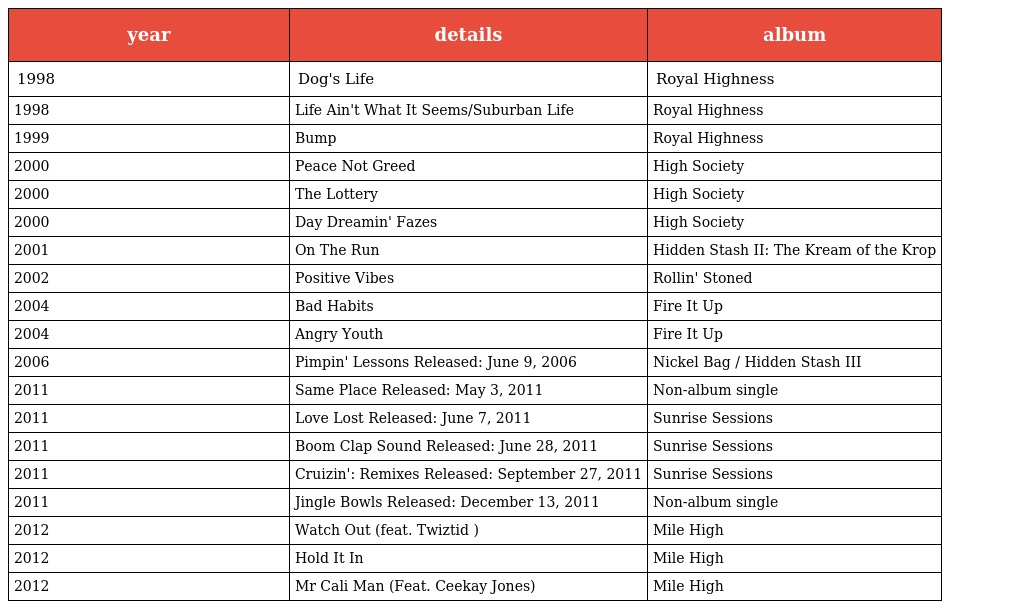
| year | details | album |
 | --- | --- | --- |
 | 1998 | Dog's Life | Royal Highness |
 | 1998 | Life Ain't What It Seems/Suburban Life | Royal Highness |
 | 1999 | Bump | Royal Highness |
 | 2000 | Peace Not Greed | High Society |
 | 2000 | The Lottery | High Society |
 | 2000 | Day Dreamin' Fazes | High Society |
 | 2001 | On The Run | Hidden Stash II: The Kream of the Krop |
 | 2002 | Positive Vibes | Rollin' Stoned |
 | 2004 | Bad Habits | Fire It Up |
 | 2004 | Angry Youth | Fire It Up |
 | 2006 | Pimpin' Lessons Released: June 9, 2006 | Nickel Bag / Hidden Stash III |
 | 2011 | Same Place Released: May 3, 2011 | Non-album single |
 | 2011 | Love Lost Released: June 7, 2011 | Sunrise Sessions |
 | 2011 | Boom Clap Sound Released: June 28, 2011 | Sunrise Sessions |
 | 2011 | Cruizin': Remixes Released: September 27, 2011 | Sunrise Sessions |
 | 2011 | Jingle Bowls Released: December 13, 2011 | Non-album single |
 | 2012 | Watch Out (feat. Twiztid ) | Mile High |
 | 2012 | Hold It In | Mile High |
 | 2012 | Mr Cali Man (Feat. Ceekay Jones) | Mile High |